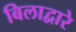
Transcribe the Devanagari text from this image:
बिलाद्वारे